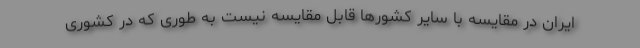
ایران در مقایسه با سایر کشورها قابل مقایسه نیست به طوری که در کشوری